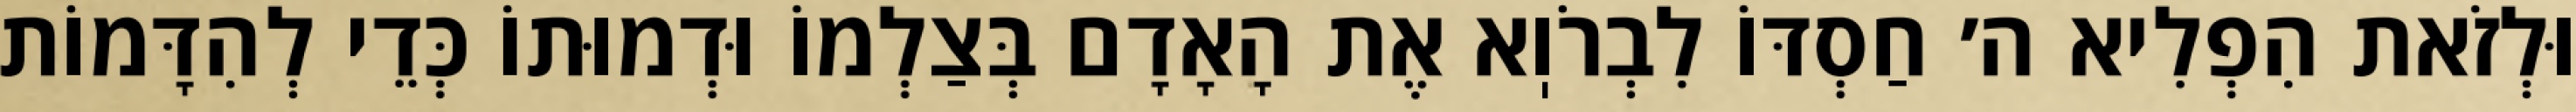
וּלְזֹאת הִפְלִיא ה׳ חַסְדּוֹ לִבְרֹוֽא אֶת הָאָדָם בְּצַלְמוֹ וּדְמוּתוֹ כְּדֵי לְהִדָּמוֹת